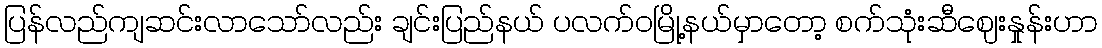
ပြန်လည်ကျဆင်းလာသော်လည်း ချင်းပြည်နယ် ပလက်ဝမြို့နယ်မှာတော့ စက်သုံးဆီဈေးနှုန်းဟာ